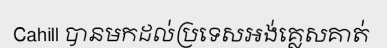
Cahill បានមកដល់ប្រទេសអង់គ្លេសគាត់